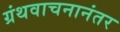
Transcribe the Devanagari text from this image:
ग्रंथवाचनानंतर